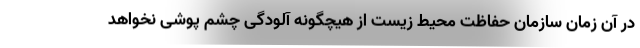
در آن زمان سازمان حفاظت محیط زیست از هیچگونه آلودگی چشم پوشی نخواهد